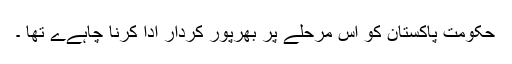
حکومت پاکستان کو اس مرحلے پر بھرپور کردار ادا کرنا چاہےے تھا ۔